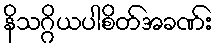
နိသဂ္ဂိယပါစိတ်အခဏ်း